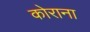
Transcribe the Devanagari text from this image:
कोराना